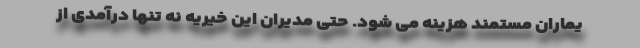
یماران مستمند هزینه می شود. حتی مدیران این خیریه نه تنها درآمدی از